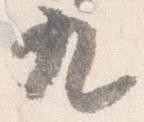
九